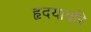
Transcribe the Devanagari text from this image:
हृदयावरि